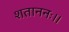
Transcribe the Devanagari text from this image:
शताननः।।